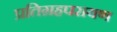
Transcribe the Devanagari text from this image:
प्रतिग्रहपरायण